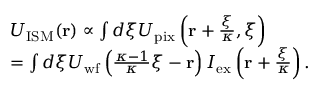
\begin{array} { r l } & { U _ { \mathrm { I S M } } ( \mathbf { r } ) \propto \int d \boldsymbol { \xi } U _ { \mathrm { p i x } } \left( \mathbf { r } + \frac { \boldsymbol { \xi } } { \kappa } , \boldsymbol { \xi } \right) } \\ & { = \int d \boldsymbol { \xi } U _ { \mathrm { w f } } \left( \frac { \kappa - 1 } { \kappa } \boldsymbol { \xi } - \mathbf { r } \right) I _ { \mathrm { e x } } \left( \mathbf { r } + \frac { \boldsymbol { \xi } } { \kappa } \right) . } \end{array}